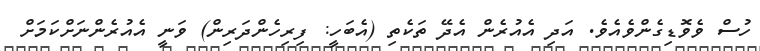
ހުސް ވެވޮޑިގެންވެއެވެ. އަދި އެއުރެން އެދޭ ތަކެތި (އެބަހީ: ފިރިހެންދަރިން) ވަނީ އެއުރެންނަށްކަމަށް